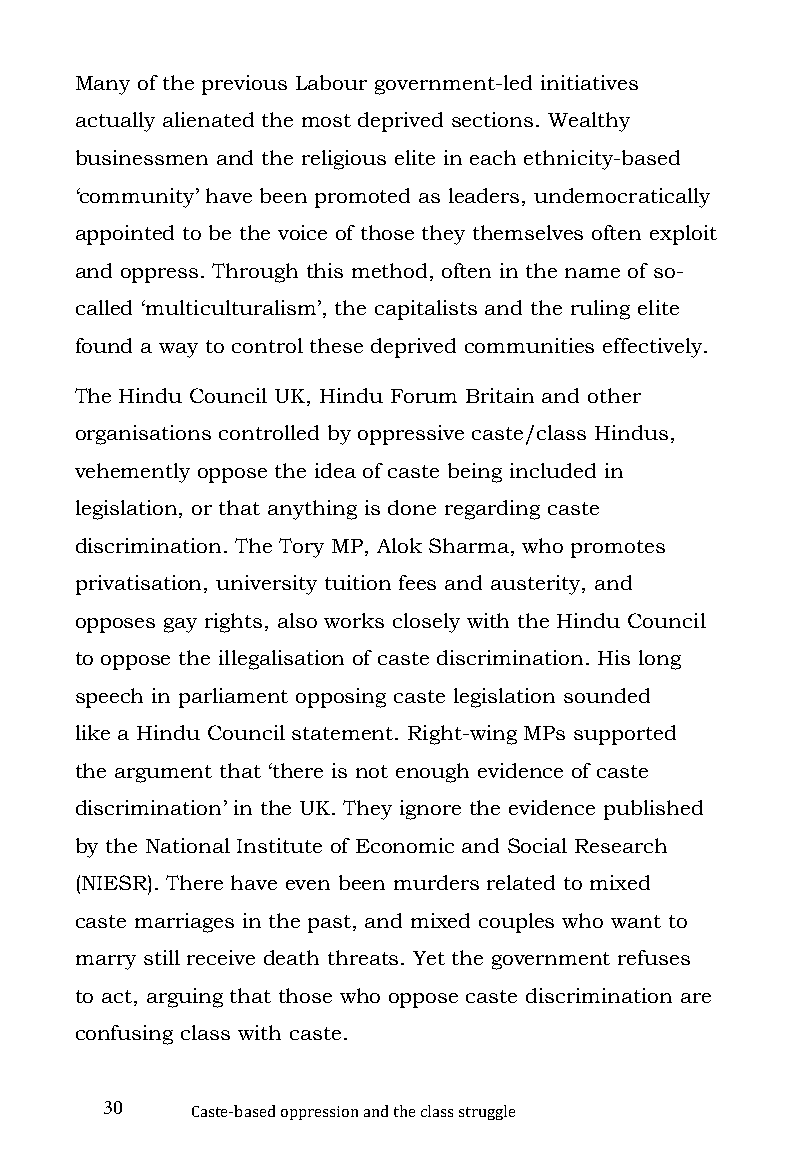
Many of the previous Labour government-led initiatives
 actually alienated the most deprived sections. Wealthy
 businessmen and the religious elite in each ethnicity-based
 ‘community’ have been promoted as leaders, undemocratically
 appointed to be the voice of those they themselves often exploit
 and oppress. Through this method, often in the name of so-
 called ‘multiculturalism’, the capitalists and the ruling elite
 found a way to control these deprived communities effectively.
 The Hindu Council UK, Hindu Forum Britain and other
 organisations controlled by oppressive caste/class Hindus,
 vehemently oppose the idea of caste being included in
 legislation, or that anything is done regarding caste
 discrimination. The Tory MP, Alok Sharma, who promotes
 privatisation, university tuition fees and austerity, and
 opposes gay rights, also works closely with the Hindu Council
 to oppose the illegalisation of caste discrimination. His long
 speech in parliament opposing caste legislation sounded
 like a Hindu Council statement. Right-wing MPs supported
 the argument that ‘there is not enough evidence of caste
 discrimination’ in the UK. They ignore the evidence published
 by the National Institute of Economic and Social Research
 (NIESR). There have even been murders related to mixed
 caste marriages in the past, and mixed couples who want to
 marry still receive death threats. Yet the government refuses
 to act, arguing that those who oppose caste discrimination are
 confusing class with caste.
 30
 Caste-based oppression and the class struggle